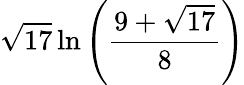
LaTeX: {\sqrt{17}}\ln\left({\frac{9+{\sqrt{17}}}{8}}\right)